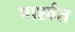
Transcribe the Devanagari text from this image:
पार्श्वत